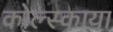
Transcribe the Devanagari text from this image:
कोल्स्काया